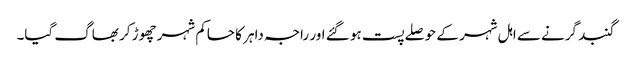
گنبد گرنے سے اہل شہر کے حوصلے پست ہو گئے اور راجہ داہر کا حاکم شہر چھوڑ کر بھاگ گیا۔